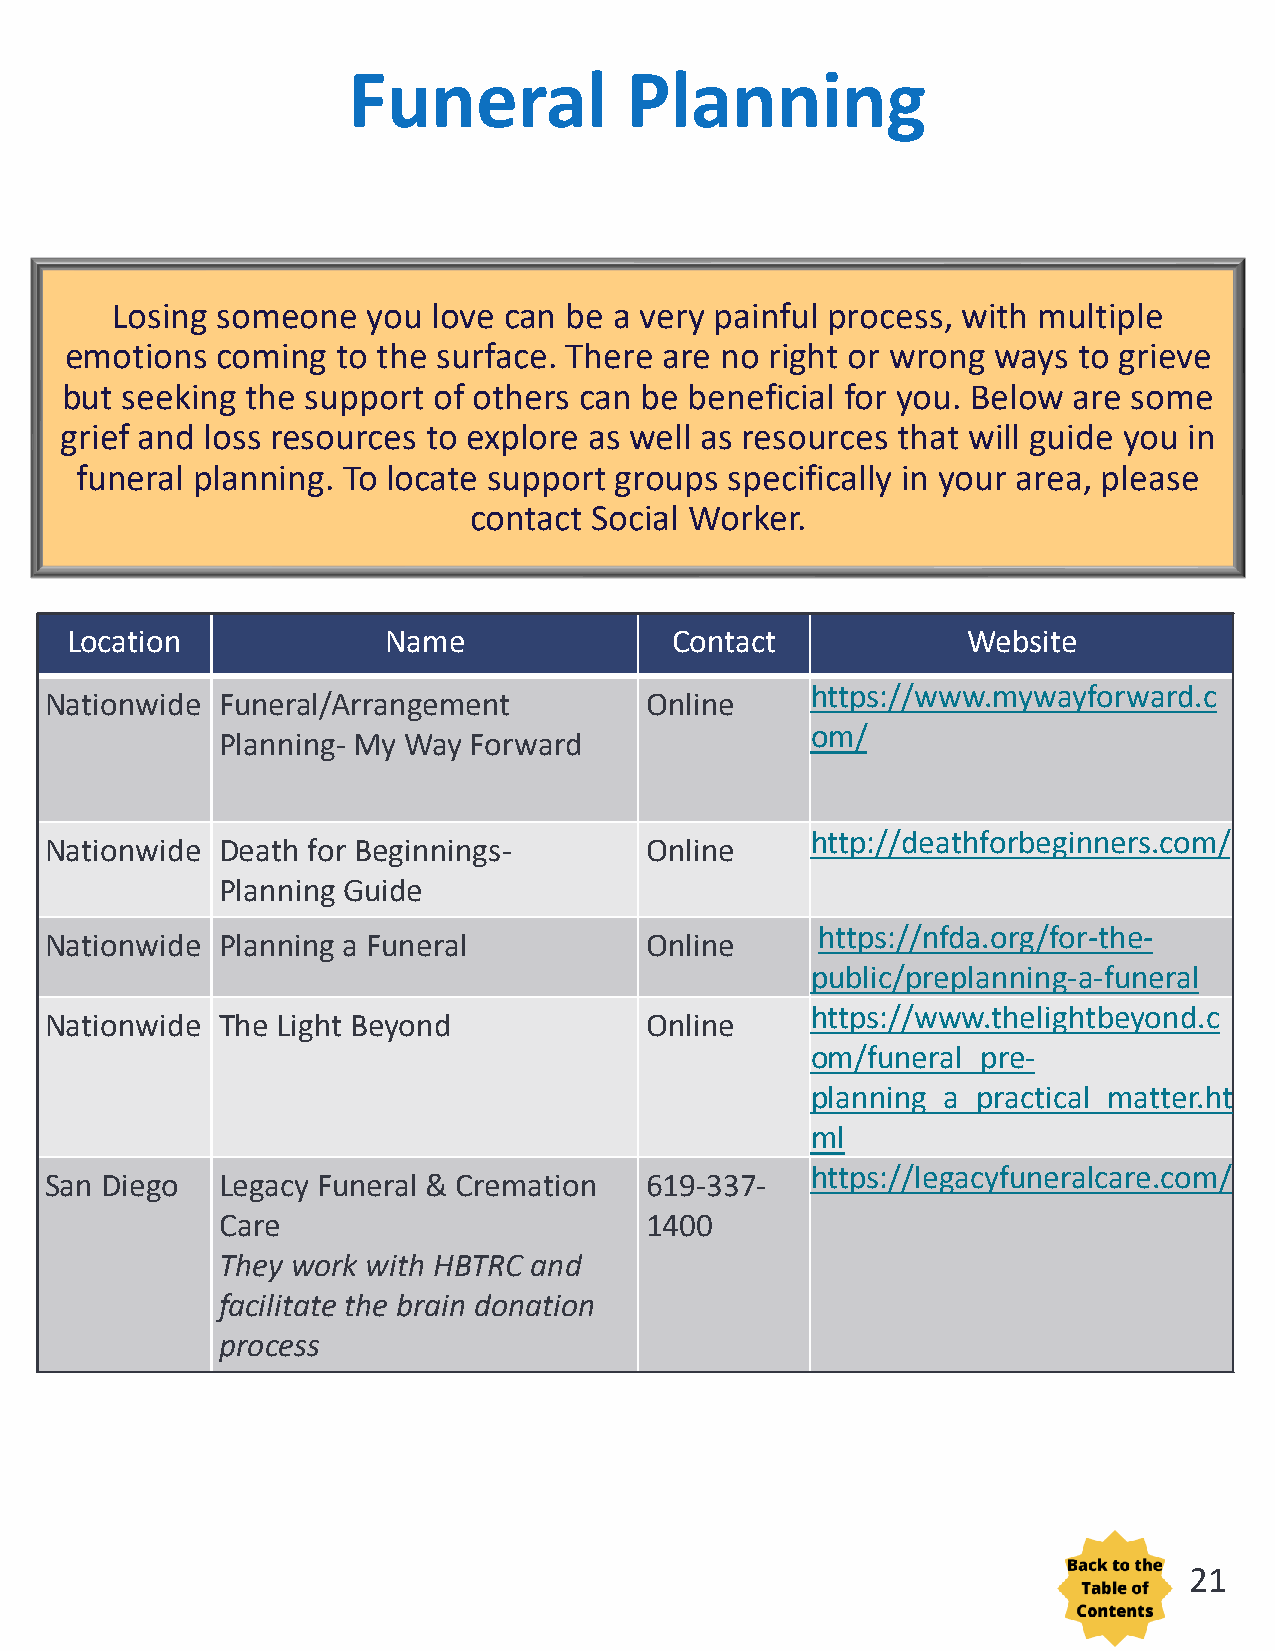
Funeral           Planning
 Losing someone   you  love can be a very painful process, with multiple
 emotions  coming  to the surface. There are no right or wrong ways to grieve
 but seeking the support  of others can be beneficial for you. Below are some
 grief and loss resources to explore as well as resources that will guide you in
 funeral planning. To locate support groups specifically in your area, please
 contact Social Worker.
 Location             Name               Contact             Website
 https://www.mywayforward.c
 Nationwide Funeral/Arrangement          Online
 om/
 Planning- My Way Forward
 http://deathforbeginners.com/
 Nationwide Death for Beginnings-        Online
 Planning Guide
 https://nfda.org/for-the-
 Nationwide Planning a Funeral           Online
 public/preplanning-a-funeral
 https://www.thelightbeyond.c
 Nationwide The Light Beyond             Online
 om/funeral_pre-
 planning_a_practical_matter.ht
 ml
 https://legacyfuneralcare.com/
 San Diego  Legacy Funeral & Cremation   619-337-
 Care                         1400
 They work with HBTRC and
 facilitate the brain donation
 process
 21